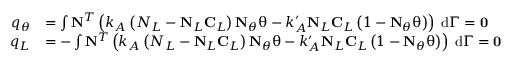
\begin{array} { r l } { q _ { \theta } } & { = \int \mathbf { N } ^ { T } \left( k _ { A } \left( N _ { L } - \mathbf { N } _ { L } \mathbf { C } _ { L } \right) \mathbf { N } _ { \theta } \mathbf { \uptheta } - k _ { A } ^ { \prime } \mathbf { N } _ { L } \mathbf { C } _ { L } \left( 1 - \mathbf { N } _ { \theta } \mathbf { \uptheta } \right) \right) \; \mathrm { d } \Gamma = \mathbf { 0 } } \\ { q _ { L } } & { = - \int \mathbf { N } ^ { T } \left( k _ { A } \left( N _ { L } - \mathbf { N } _ { L } \mathbf { C } _ { L } \right) \mathbf { N } _ { \theta } \mathbf { \uptheta } - k _ { A } ^ { \prime } \mathbf { N } _ { L } \mathbf { C } _ { L } \left( 1 - \mathbf { N } _ { \theta } \mathbf { \uptheta } \right) \right) \; \mathrm { d } \Gamma = \mathbf { 0 } } \end{array}